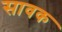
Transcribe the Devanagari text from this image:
सावक